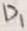
Text: D1